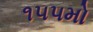
૧૫૫મો